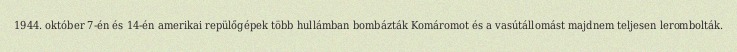
1944. október 7-én és 14-én amerikai repülőgépek több hullámban bombázták Komáromot és a vasútállomást majdnem teljesen lerombolták.